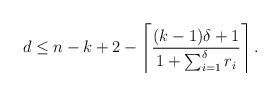
LaTeX: \begin{align*}d \leq n-k+2- \left\lceil\frac{(k-1)\delta+1}{1+\sum_{i=1}^{\delta}r_i}\right\rceil.\end{align*}